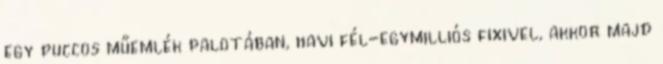
egy puccos műemlék palotában, havi fél-egymilliós fixivel, akkor majd